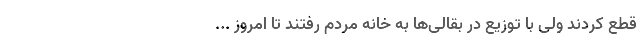
قطع کردند ولی با توزیع در بقالی‌ها به خانه مردم رفتند تا امروز ...